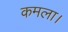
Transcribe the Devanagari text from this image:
कमला।